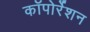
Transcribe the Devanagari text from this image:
काॅपोर्रेशन